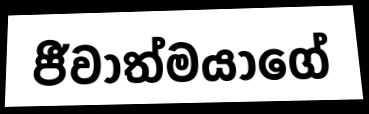
ජීවාත්මයාගේ